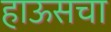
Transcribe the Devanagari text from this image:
हाऊसचा